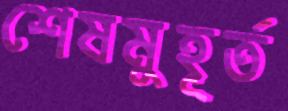
শেষমুহূর্ত